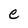
Character: e